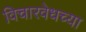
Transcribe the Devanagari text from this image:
विचारवेधच्या